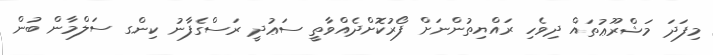
މިފަދަ މަޝްރޫޢުތައް ދިވެހި ރައްޔިތުންނަށް ފޯރުކޮށްދެއްވާތީ ސަޢުދީ ރަސްގެފާނު ކިންގ ސަލްމާން ބުން